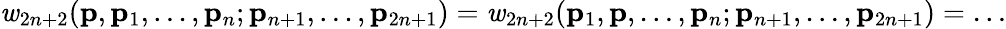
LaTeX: {\mathit w}_{2n+2}({\mathbf p},{\mathbf p}_{1},\ldots,{\mathbf p}_{n};{\mathbf p}_{n+1},\ldots,{\mathbf p}_{2n+1})={\mathit w}_{2n+2}({\mathbf p}_{1},{\mathbf p},\ldots,{\mathbf p}_{n};{\mathbf p}_{n+1},\ldots,{\mathbf p}_{2n+1})=\ldots